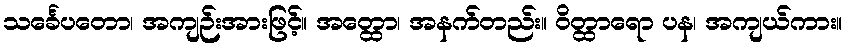
သင်္ခေပတော၊ အကျဉ်းအားဖြင့်။ အတ္ထော၊ အနက်တည်း။ ဝိတ္ထာရော ပန၊ အကျယ်ကား။